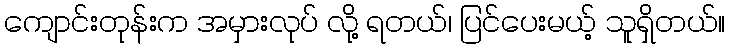
ကျောင်းတုန်းက အမှားလုပ် လို့ ရတယ်၊ ပြင်ပေးမယ့် သူရှိတယ်။